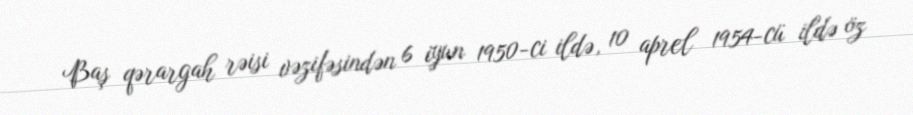
Baş qərargah rəisi vəzifəsindən 6 iyun 1950-ci ildə, 10 aprel 1954-cü ildə öz